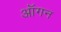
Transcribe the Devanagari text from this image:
ऑगन